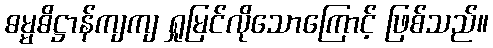
ဓမ္မဓိဋ္ဌာန်ကျကျ ရှုမြင်လိုသောကြောင့် ဖြစ်သည်။